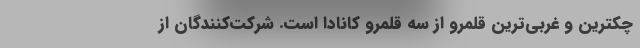
چکترین و غربی‌ترین قلمرو از سه قلمرو کانادا است. شرکت‌کنندگان از